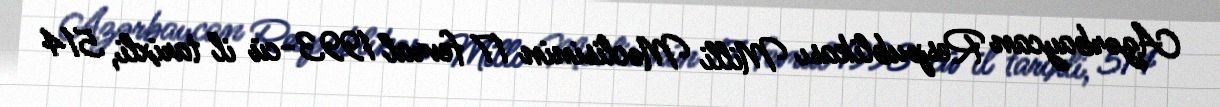
Azərbaycan Respublikası Milli Məclisinin 17 fevral 1993-cü il tarixli, 514